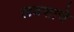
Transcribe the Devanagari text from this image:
लक्शाचे